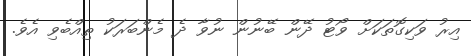
އިރު ވަކިގޮތަކަށް ވޯޓު ދޭން ބޭނުން ނުވާ ދެ މެންބަރަކު ތިއްބެވި އެވެ.